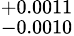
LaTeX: ^{+0.0011}_{-0.0010}